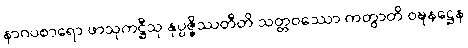
နာဂပစာရော ဖာသုကဋ္ဌီသု နုပ္ပဇ္ဇိဿတီတိ သတ္တဝဿော ကတွာတိ ဝဍ္ဎနဋ္ဌေန